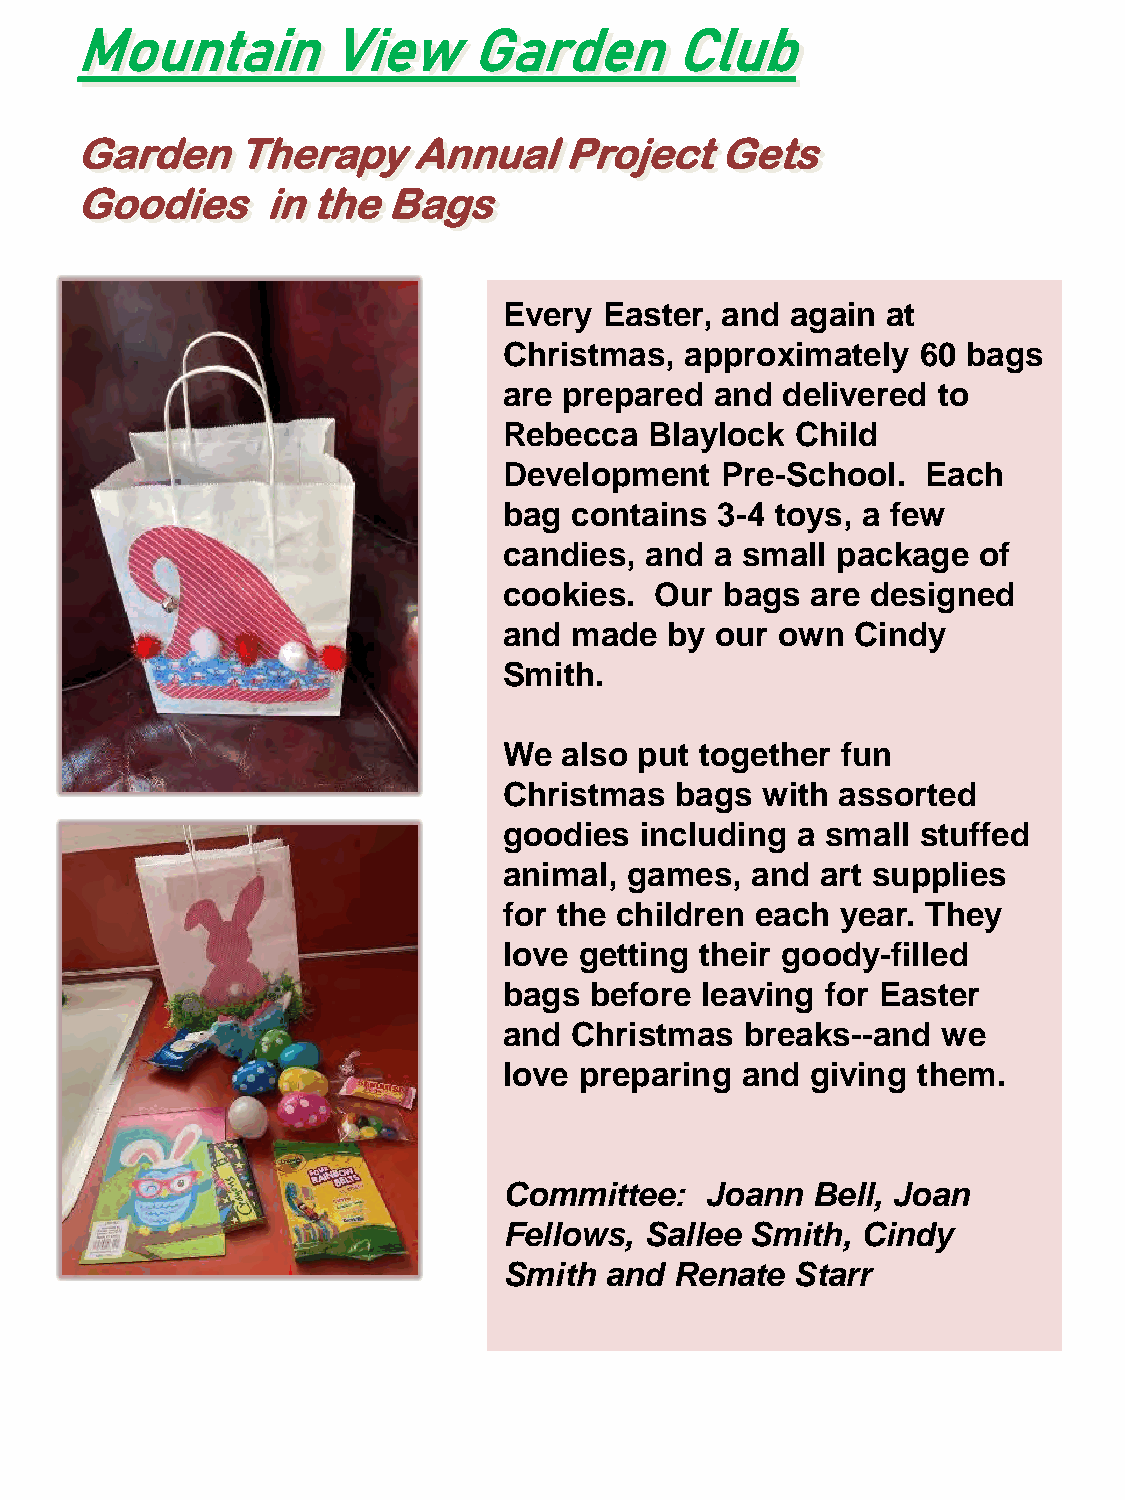
Mountain         View     Garden        Club
 Garden     Therapy    Annual    Project    Gets
 Goodies     in  the  Bags
 Every  Easter, and again  at
 Christmas,  approximately   60 bags
 are prepared  and  delivered to
 Rebecca   Blaylock  Child
 Development    Pre-School.  Each
 bag  contains 3-4 toys, a few
 candies,  and a small package   of
 cookies.  Our  bags  are designed
 and  made  by our  own  Cindy
 Smith.
 We  also put together  fun
 Christmas   bags with assorted
 goodies  including  a small stuffed
 animal,  games,  and art supplies
 for the children each  year. They
 love getting their goody-filled
 bags  before leaving  for Easter
 and  Christmas  breaks--and  we
 love preparing  and  giving them.
 Committee:    Joann  Bell, Joan
 Fellows,  Sallee Smith, Cindy
 Smith  and  Renate  Starr